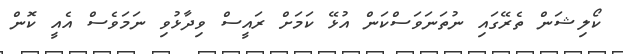
ކޯލިޝަން ތެރޭގައި ނުތަނަވަސްކަން އުޅޭ ކަމަށް ރައީސް ވިދާޅުވި ނަމަވެސް އެއީ ކޮން